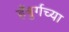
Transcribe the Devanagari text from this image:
हँबुर्गच्या